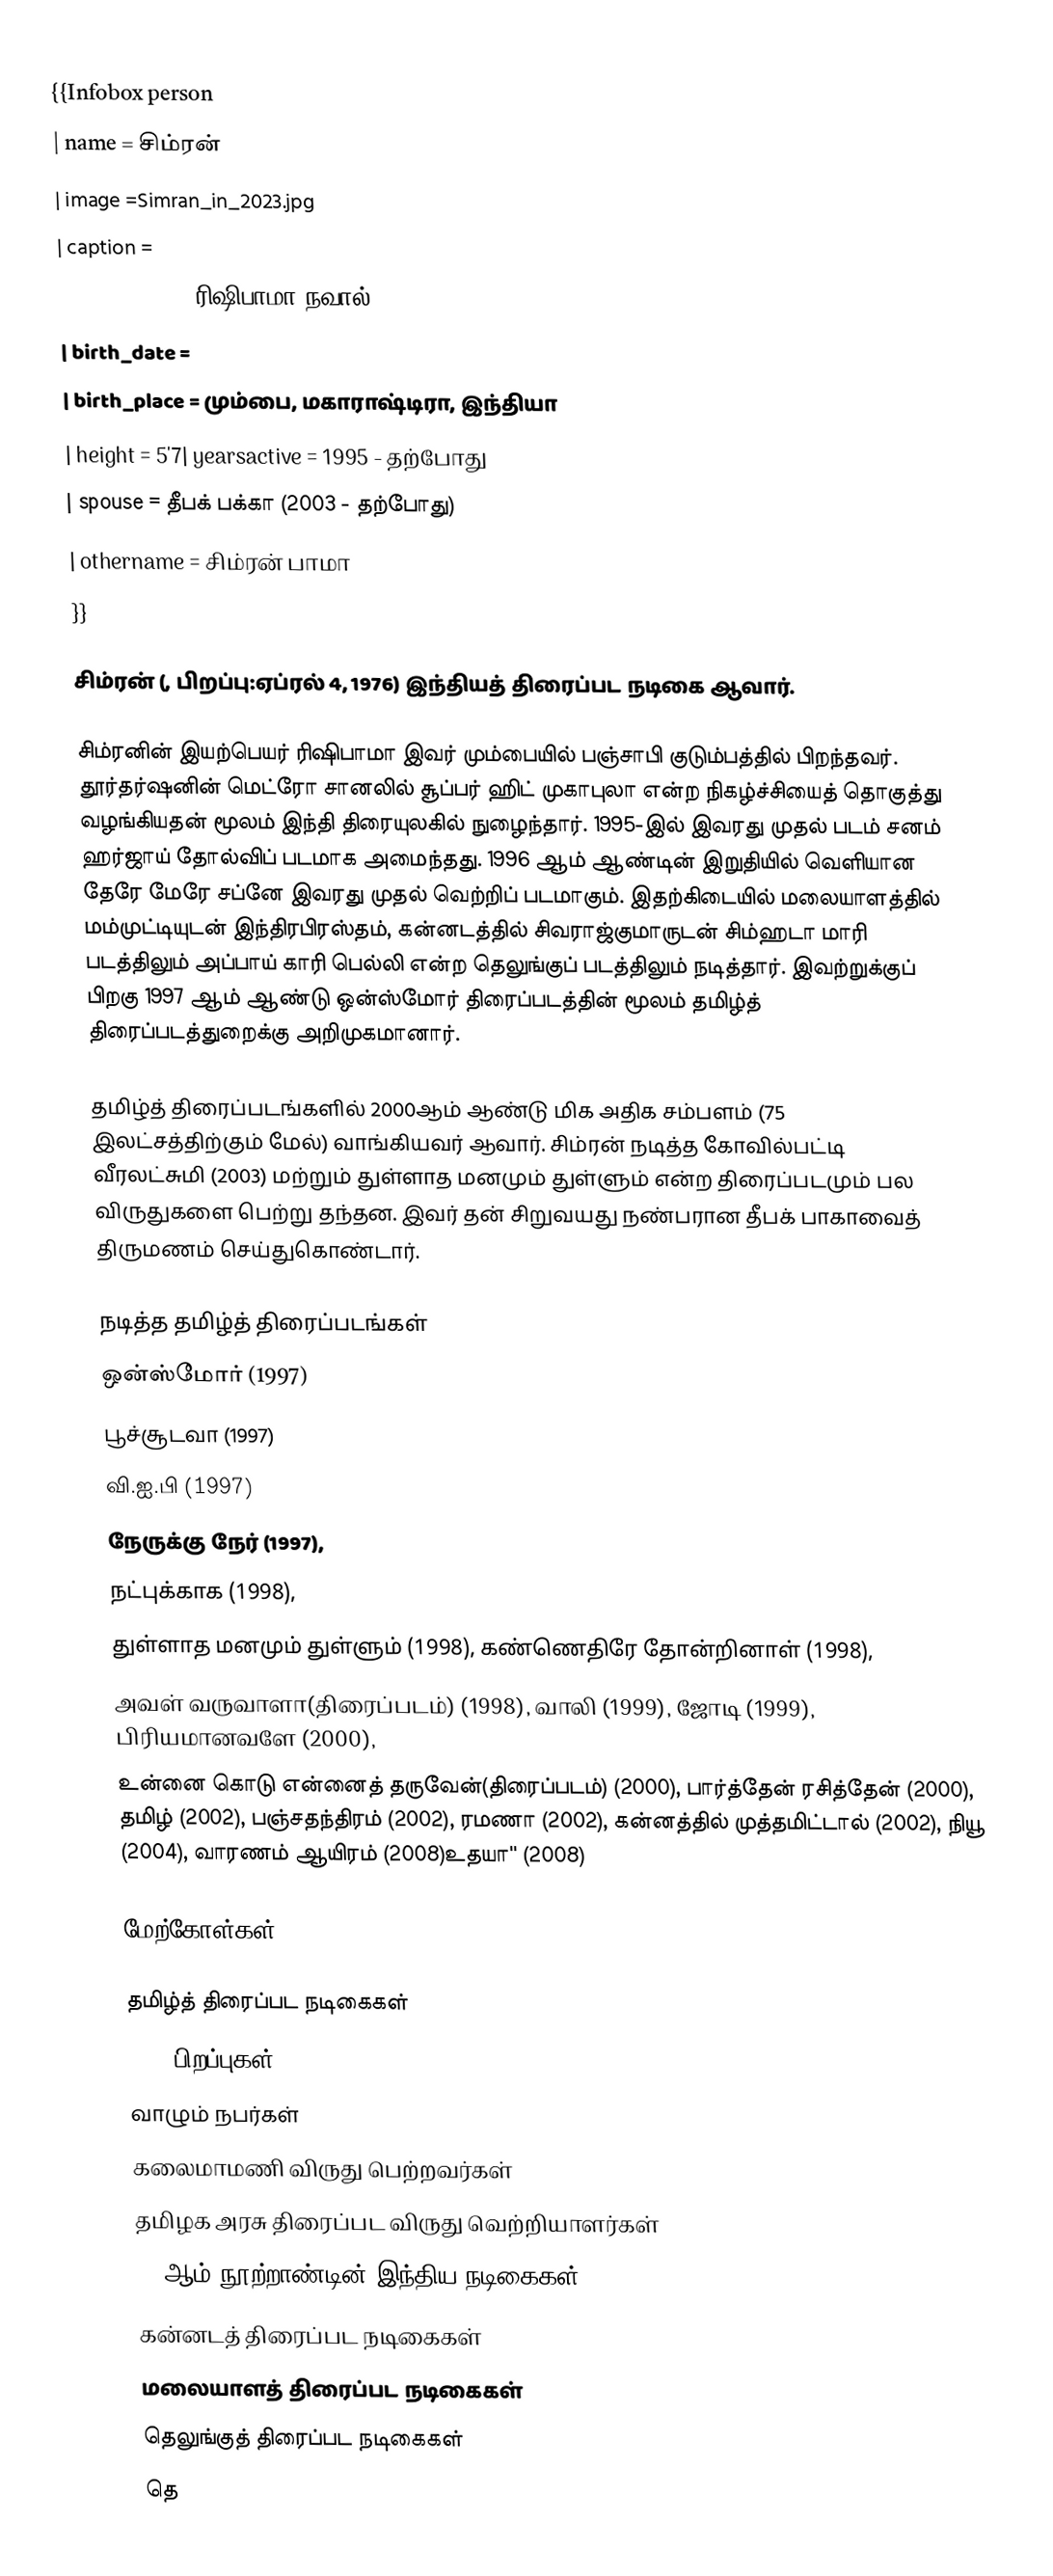
{{Infobox person
| name = சிம்ரன்
| image =Simran_in_2023.jpg
| caption =
| birth_name = ரிஷிபாமா நவால்
| birth_date =
| birth_place = மும்பை, மகாராஷ்டிரா, இந்தியா
| height = 5'7| yearsactive = 1995 - தற்போது
| spouse = தீபக் பக்கா (2003 - தற்போது)
| othername = சிம்ரன் பாமா
}}

சிம்ரன் (, பிறப்பு:ஏப்ரல் 4, 1976) இந்தியத் திரைப்பட நடிகை ஆவார்.

சிம்ரனின் இயற்பெயர் ரிஷிபாமா இவர் மும்பையில் பஞ்சாபி குடும்பத்தில் பிறந்தவர். தூர்தர்ஷனின் மெட்ரோ சானலில் சூப்பர் ஹிட் முகாபுலா என்ற நிகழ்ச்சியைத் தொகுத்து வழங்கியதன் மூலம் இந்தி திரையுலகில் நுழைந்தார். 1995-இல் இவரது முதல் படம் சனம் ஹர்ஜாய் தோல்விப் படமாக அமைந்தது. 1996 ஆம் ஆண்டின் இறுதியில் வெளியான தேரே மேரே சப்னே இவரது முதல் வெற்றிப் படமாகும். இதற்கிடையில் மலையாளத்தில் மம்முட்டியுடன் இந்திரபிரஸ்தம், கன்னடத்தில் சிவராஜ்குமாருடன் சிம்ஹடா மாரி படத்திலும்  அப்பாய் காரி பெல்லி என்ற தெலுங்குப் படத்திலும் நடித்தார். இவற்றுக்குப் பிறகு 1997 ஆம் ஆண்டு ஒன்ஸ்மோர் திரைப்படத்தின் மூலம் தமிழ்த் திரைப்படத்துறைக்கு அறிமுகமானார்.

தமிழ்த் திரைப்படங்களில் 2000ஆம் ஆண்டு மிக அதிக சம்பளம் (75 இலட்சத்திற்கும் மேல்) வாங்கியவர் ஆவார். சிம்ரன் நடித்த கோவில்பட்டி வீரலட்சுமி (2003) மற்றும் துள்ளாத மனமும் துள்ளும் என்ற திரைப்படமும் பல விருதுகளை பெற்று தந்தன. இவர் தன் சிறுவயது நண்பரான தீபக் பாகாவைத் திருமணம் செய்துகொண்டார்.

 நடித்த தமிழ்த் திரைப்படங்கள்
 ஒன்ஸ்மோர் (1997)
 பூச்சூடவா (1997)
 வி.ஐ.பி (1997)
 நேருக்கு நேர் (1997),
 நட்புக்காக (1998),
 துள்ளாத மனமும் துள்ளும் (1998), கண்ணெதிரே தோன்றினாள் (1998),
அவள் வருவாளா(திரைப்படம்) (1998), வாலி (1999), ஜோடி (1999), பிரியமானவளே (2000),
உன்னை கொடு என்னைத் தருவேன்(திரைப்படம்) (2000), பார்த்தேன் ரசித்தேன் (2000), தமிழ் (2002), பஞ்சதந்திரம் (2002), ரமணா (2002), கன்னத்தில் முத்தமிட்டால் (2002), நியூ (2004), வாரணம் ஆயிரம் (2008)உதயா'' (2008)

மேற்கோள்கள்

தமிழ்த் திரைப்பட நடிகைகள்
1976 பிறப்புகள்
வாழும் நபர்கள்
கலைமாமணி விருது பெற்றவர்கள்
தமிழக அரசு திரைப்பட விருது வெற்றியாளர்கள்
20 ஆம் நூற்றாண்டின் இந்திய நடிகைகள்
கன்னடத் திரைப்பட நடிகைகள்
மலையாளத் திரைப்பட நடிகைகள்
தெலுங்குத் திரைப்பட நடிகைகள்
தெ